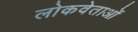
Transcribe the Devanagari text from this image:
लोकवेताओं